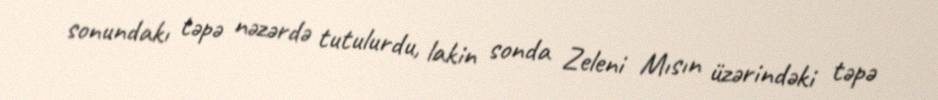
sonundakı təpə nəzərdə tutulurdu, lakin sonda Zeleni Mısın üzərindəki təpə